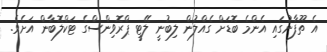
އެ ތޫފާނުގައި އެންމެ ބޮޑަށް ގެއްލުން ލިބުނީ ލޭޓީ ޕްރޮވިންސްގެ ޓަކްލޮބާން އަށެވެ.